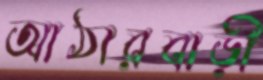
আঠারবাড়ী